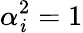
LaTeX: \alpha_{\mathit{i}}^{2}=1